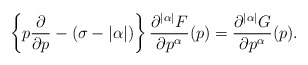
\begin{align*}\left\{p\frac{\partial}{\partial p}-(\sigma-|\alpha|)\right\}\frac{\partial^{|\alpha|}F}{\partial p^\alpha}(p)=\frac{\partial^{|\alpha|}G}{\partial p^\alpha}(p).\end{align*}